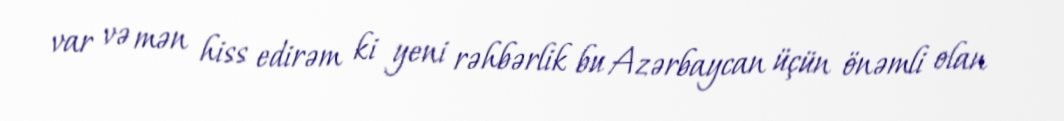
var və mən hiss edirəm ki yeni rəhbərlik bu Azərbaycan üçün önəmli olan